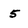
Character: 5